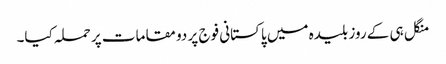
منگل ہی کے روز بلیدہ میں پاکستانی فوج پر دو مقامات پر حملہ کیا۔